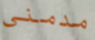
مدمني